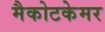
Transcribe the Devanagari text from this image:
मैकोटकेमर